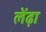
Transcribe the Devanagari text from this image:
लेंढ़ा